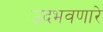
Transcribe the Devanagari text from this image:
उदभवणारे